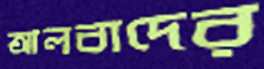
আলবাদের